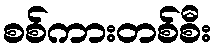
စစ်ကားတစ်စီး